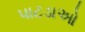
પાટડાઓ